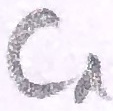
Text: C1